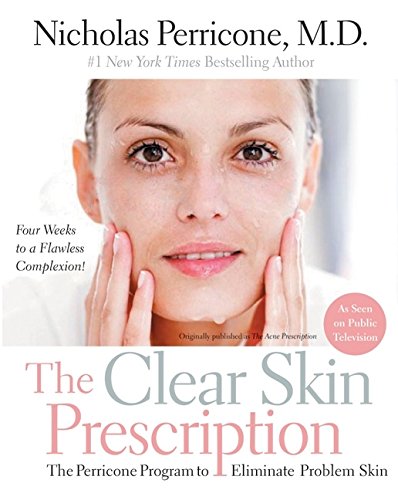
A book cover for The Clear Skin Prescription: The Perricone Program to Eliminate Problem Skin; Nicholas, M.D. Perricone; Health, Fitness & Dieting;